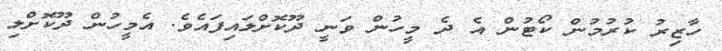
ހާޒިރު ކުރުމުން ކޯޓުން އެ ދެ މީހުން ވަނީ ދޫކޮށްލައިފައެވެ. އެމީހުން ދޫކޮށްލި